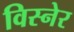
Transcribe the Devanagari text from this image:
विस्नेर